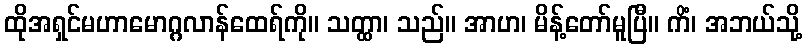
ထိုအရှင်မဟာမောဂ္ဂလာန်ထေရ်ကို။ သတ္ထာ၊ သည်။ အာဟ၊ မိန့်တော်မူပြီ။ ကိံ၊ အဘယ်သို့